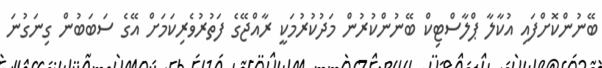
ބޭނުންކޮށްފައި އުކާލާ ޕްލާސްޓިކް ބޭނުންކުރުން މަދުކުރުމަކީ ރާއްޖޭގެ ފަތުރުވެރިކަމަށް އޭގެ ސަބަބުން ގިނަގުނަ